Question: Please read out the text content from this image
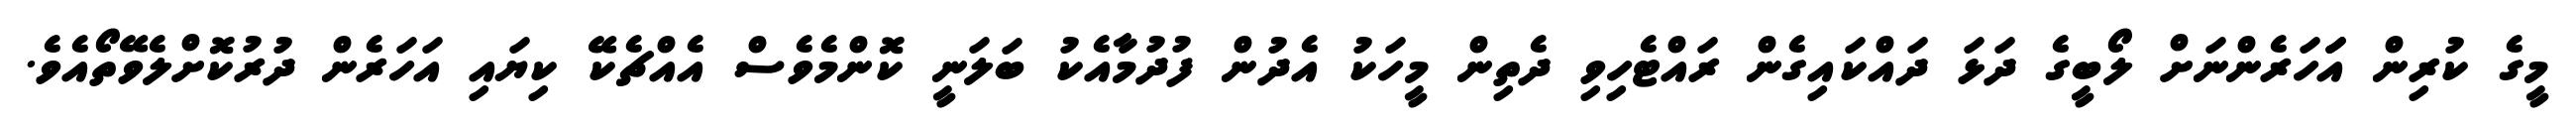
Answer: މީގެ ކުރިން އަަހަރެންނަށް ލޯބީގެ ދަޅަ ދައްކައިގެން ރައްޓެހިވި ދެތިން މީހަކު އެދުން ފުދުމާއެކު ބަލަނީ ކޮންމެވެސް އެއްޗެކޭ ކިޔައި އަހަރެން ދުރުކޮށްލެވޭތޯއެވެ.